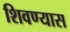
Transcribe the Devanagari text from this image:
शिवण्यास